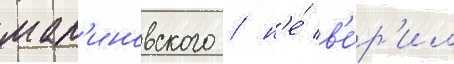
мал'иновского / н'е́ в'е́р'ил